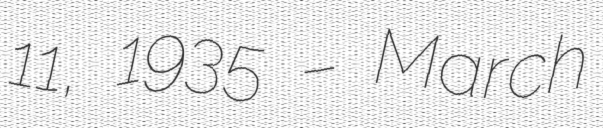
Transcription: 11, 1935 – March